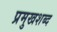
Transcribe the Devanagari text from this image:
प्रमुखशब्द